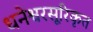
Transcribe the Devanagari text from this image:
धनेश्वरसूरिकृत